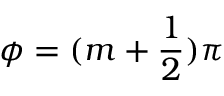
\phi = ( m + \frac { 1 } { 2 } ) \pi